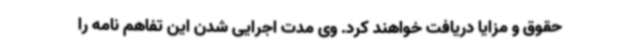
حقوق و مزایا دریافت خواهند کرد. وی مدت اجرایی شدن این تفاهم نامه را